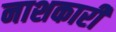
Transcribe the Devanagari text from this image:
नाशकारी